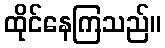
ထိုင်နေကြသည်။